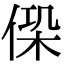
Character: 𠋕